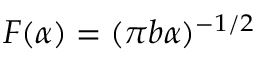
F ( \alpha ) = ( \pi b \alpha ) ^ { - 1 / 2 }